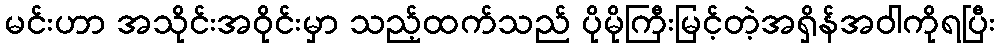
မင်းဟာ အသိုင်းအဝိုင်းမှာ သည့်ထက်သည် ပိုမိုကြီးမြင့်တဲ့အရှိန်အဝါကိုရပြီး